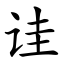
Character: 诖